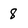
Character: 8